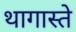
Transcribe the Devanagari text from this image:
थागास्ते